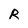
Character: R